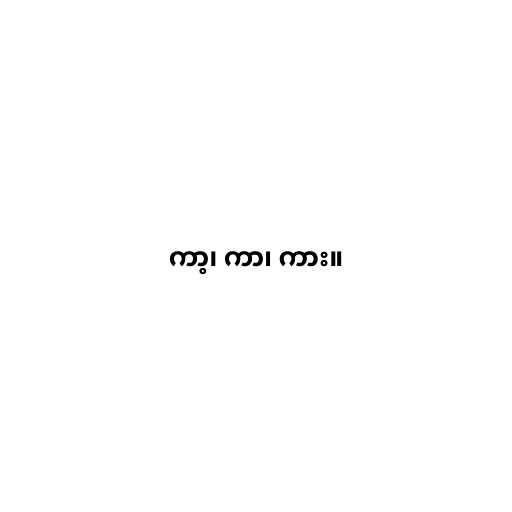
ကာ့၊ ကာ၊ ကား။